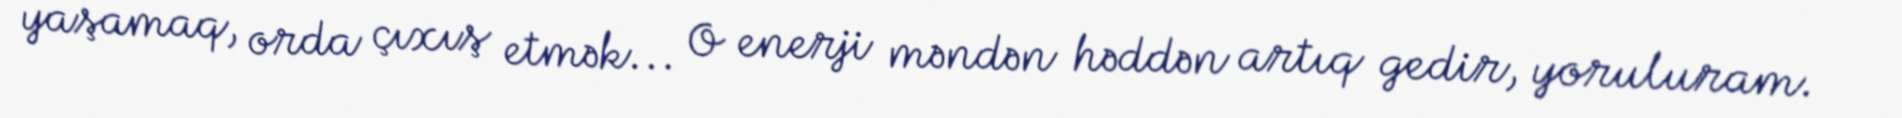
yaşamaq, orda çıxış etmək... O enerji məndən həddən artıq gedir, yoruluram.